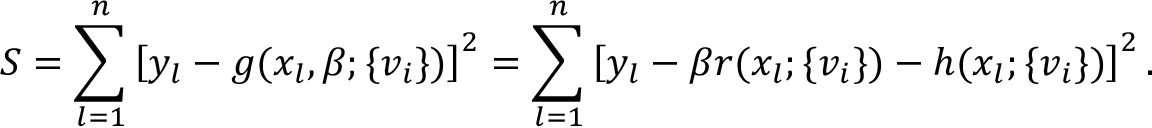
S = \sum _ { l = 1 } ^ { n } \left[ y _ { l } - g ( x _ { l } , \beta ; \{ v _ { i } \} ) \right] ^ { 2 } = \sum _ { l = 1 } ^ { n } \left[ y _ { l } - \beta r ( x _ { l } ; \{ v _ { i } \} ) - h ( x _ { l } ; \{ v _ { i } \} ) \right] ^ { 2 } .